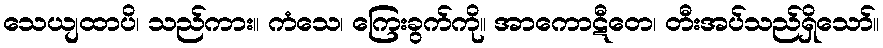
သေယျထာပိ၊ သည်ကား။ ကံသေ၊ ကြေးခွက်ကို။ အာကောဋီတေ၊ တီးအပ်သည်ရှိသော်။